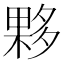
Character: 夥